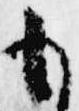
も